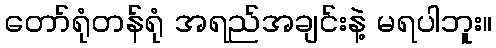
တော်ရုံတန်ရုံ အရည်အချင်းနဲ့ မရပါဘူး။